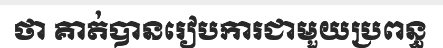
ថា គាត់បានរៀបការជាមួយប្រពន្ធ